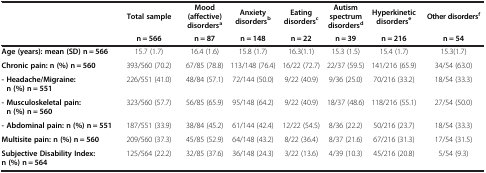
<table><thead><tr><td rowspan="2"><b> </b></td><td><b>Total sample</b></td><td><b>Mood (affective) disorders<sup>a</sup></b></td><td><b>Anxiety disorders<sup>b</sup></b></td><td><b>Eating disorders<sup>c</sup></b></td><td><b>Autism spectrum disorders<sup>d</sup></b></td><td><b>Hyperkinetic disorders<sup>e</sup></b></td><td><b>Other disorders<sup>f</sup></b></td></tr><tr><td><b>n = 566</b></td><td><b>n = 87</b></td><td><b>n = 148</b></td><td><b>n = 22</b></td><td><b>n = 39</b></td><td><b>n = 216</b></td><td><b>n = 54</b></td></tr></thead><tbody><tr><td><b>Age (years): mean (SD) n = 566</b></td><td>15.7 (1.7)</td><td>16.4 (1.6)</td><td>15.8 (1.7)</td><td>16.3(1.1)</td><td>15.3 (1.5)</td><td>15.4 (1.7)</td><td>15.3(1.7)</td></tr><tr><td><b>Chronic pain: n (%) n = 560</b></td><td>393/560 (70.2)</td><td>67/85 (78.8)</td><td>113/148 (76.4)</td><td>16/22 (72.7)</td><td>22/37 (59.5)</td><td>141/216 (65.9)</td><td>34/54 (63.0)</td></tr><tr><td><b>- Headache/Migraine: n (%) n = 551</b></td><td>226/551 (41.0)</td><td>48/84 (57.1)</td><td>72/144 (50.0)</td><td>9/22 (40.9)</td><td>9/36 (25.0)</td><td>70/216 (33.2)</td><td>18/54 (33.3)</td></tr><tr><td><b>- Musculoskeletal pain: n (%) n = 560</b></td><td>323/560 (57.7)</td><td>56/85 (65.9)</td><td>95/148 (64.2)</td><td>9/22 (40.9)</td><td>18/37 (48.6)</td><td>118/216 (55.1)</td><td>27/54 (50.0)</td></tr><tr><td><b>- Abdominal pain: n (%) n = 551</b></td><td>187/551 (33.9)</td><td>38/84 (45.2)</td><td>61/144 (42.4)</td><td>12/22 (54.5)</td><td>8/36 (22.2)</td><td>50/216 (23.7)</td><td>18/54 (33.3)</td></tr><tr><td><b>Multisite pain: n (%) n = 560</b></td><td>209/560 (37.3)</td><td>45/85 (52.9)</td><td>64/148 (43.2)</td><td>8/22 (36.4)</td><td>8/37 (21.6)</td><td>67/216 (31.3)</td><td>17/54 (31.5)</td></tr><tr><td><b>Subjective Disability Index: n (%) n = 564</b></td><td>125/564 (22.2)</td><td>32/85 (37.6)</td><td>36/148 (24.3)</td><td>3/22 (13.6)</td><td>4/39 (10.3)</td><td>45/216 (20.8)</td><td>5/54 (9.3)</td></tr></tbody></table>